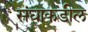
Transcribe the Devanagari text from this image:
संघाकडील